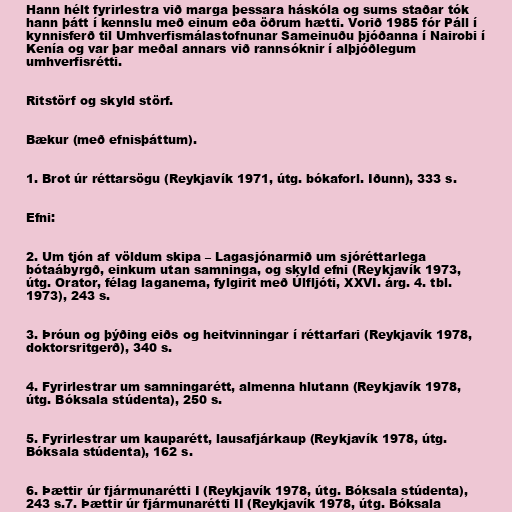
Hann hélt fyrirlestra við marga þessara háskóla og sums staðar tók
hann þátt í kennslu með einum eða öðrum hætti. Vorið 1985 fór Páll í
kynnisferð til Umhverfismálastofnunar Sameinuðu þjóðanna í Nairobi í
Kenía og var þar meðal annars við rannsóknir í alþjóðlegum
umhverfisrétti.

Ritstörf og skyld störf.

Bækur (með efnisþáttum).

1. Brot úr réttarsögu (Reykjavík 1971, útg. bókaforl. Iðunn), 333 s.

Efni:

2. Um tjón af völdum skipa – Lagasjónarmið um sjóréttarlega
bótaábyrgð, einkum utan samninga, og skyld efni (Reykjavík 1973,
útg. Orator, félag laganema, fylgirit með Úlfljóti, XXVI. árg. 4. tbl.
1973), 243 s.

3. Þróun og þýðing eiðs og heitvinningar í réttarfari (Reykjavík 1978,
doktorsritgerð), 340 s.

4. Fyrirlestrar um samningarétt, almenna hlutann (Reykjavík 1978,
útg. Bóksala stúdenta), 250 s.

5. Fyrirlestrar um kauparétt, lausafjárkaup (Reykjavík 1978, útg.
Bóksala stúdenta), 162 s.

6. Þættir úr fjármunarétti I (Reykjavík 1978, útg. Bóksala stúdenta),
243 s.7. Þættir úr fjármunarétti II (Reykjavík 1978, útg. Bóksala